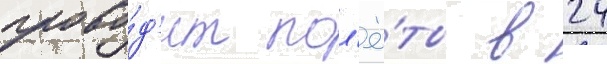
прово́д'ит пол'ё́ты в 24